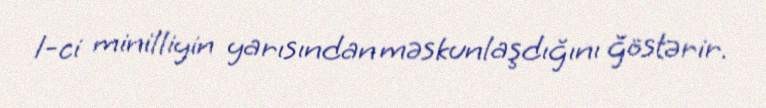
1-ci minilliyin yarısından məskunlaşdığını ğöstərir.